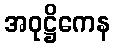
အဝုဋ္ဌိကေန